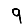
Digit: 9